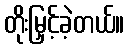
တိုးမြှင့်ခဲ့တယ်။